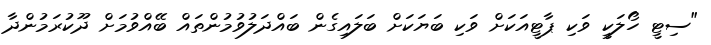
"ސިޓީ ހޯލަކީ ވަކި ޕާޓީއަކަށް ވަކި ބަޔަކަށް ބަލައިގެން ބައްދަލުވުމުންތައް ބޭއްވުމަށް ދޫކުރަމުންދާ